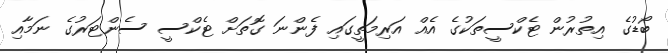
ބޯޑުގެ އިތުރުން ޓެކްސީތަކުގެ އެއް އަރިމަތީގައި ފެންނަ ގޮތަށް ޓެކްސީ ސެންޓަރުގެ ނަމާއި